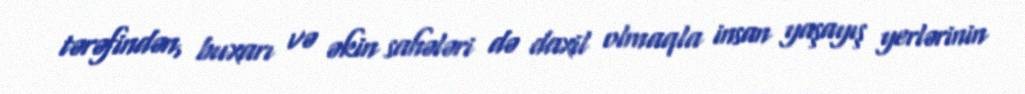
tərəfindən, buxarı və əkin sahələri də daxil olmaqla insan yaşayış yerlərinin